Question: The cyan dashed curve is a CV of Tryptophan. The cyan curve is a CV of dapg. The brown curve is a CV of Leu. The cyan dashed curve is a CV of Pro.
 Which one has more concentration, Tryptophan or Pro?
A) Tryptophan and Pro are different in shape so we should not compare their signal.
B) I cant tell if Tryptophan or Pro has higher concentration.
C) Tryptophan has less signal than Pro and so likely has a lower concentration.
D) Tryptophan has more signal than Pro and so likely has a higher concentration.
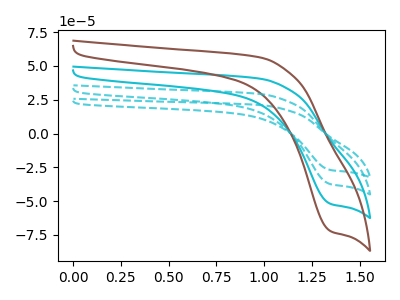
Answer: <think>The cyan dashed curve "Tryptophan" has a cathodic peak at: (1.35V, -27.05uA). The cyan curve "dapg" has a cathodic peak at: (1.35V, -75.10uA). The brown curve "Leu" has a cathodic peak at: (1.35V, -112.65uA). The cyan dashed curve "Pro" has a cathodic peak at: (1.35V, -37.55uA).
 All the peaks in "Tryptophan" have a peak in "Pro" at the same potential. Every peak in "Tryptophan" is lower than every peak in "Pro".</think>
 <answer>C) "Tryptophan" has less signal than "Pro" and so likely has a lower concentration.</answer>
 <eval>C</eval>